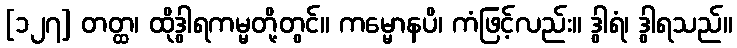
[၁၂၇] တတ္ထ၊ ထိုဒွါရကမ္မတို့တွင်။ ကမ္မောနပိ၊ ကံဖြင့်လည်း။ ဒွါရံ၊ ဒွါရသည်။